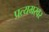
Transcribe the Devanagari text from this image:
प्रत्यमरवर